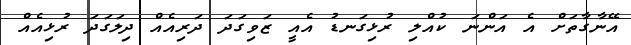
އޭނާގާތަށް އެ އަންނަ ކުއްލި ރުޅިގަނޑު އެއީ ޒަވިގަދަ ދަރިއެއް ދިލަގަދަ ރުޅިއެއް